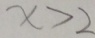
x > 2